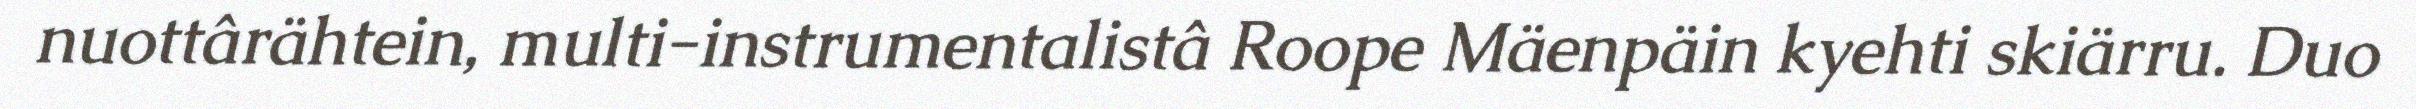
nuottârähtein, multi-instrumentalistâ Roope Mäenpäin kyehti skiärru. Duo